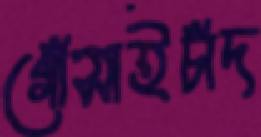
গোঁসাইচাঁদ